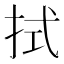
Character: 拭